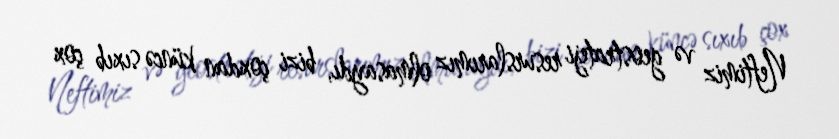
Neftimiz və geostrateji resurslarımız olmasaydı, bizi çoxdan küncə sıxıb çox